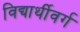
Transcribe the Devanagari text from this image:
विद्यार्थीवर्ग